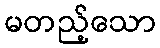
မတည့်သော